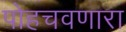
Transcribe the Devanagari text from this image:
पोहचवणारा